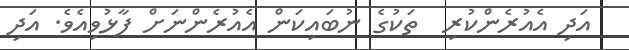
އަދި އެއުރެންކުރި  ތަކުގެ ނުބައިކަން އެއުރެންނަށް ފާޅުވިއެވެ. އަދި